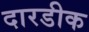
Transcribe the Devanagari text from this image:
दारडीक